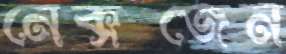
নেক্সজেন